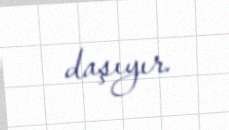
daşıyır.